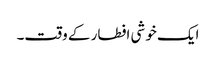
ایک خوشی افطار کے وقت۔